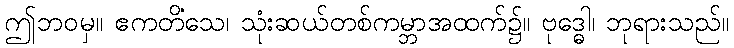
ဤဘဝမှ။ ဧကတိံသေ၊ သုံးဆယ်တစ်ကမ္ဘာအထက်၌။ ဗုဒ္ဓေါ၊ ဘုရားသည်။